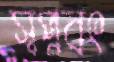
স্বপ্নবৎ